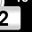
Digit: 2